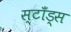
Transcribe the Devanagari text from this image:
स्टाँड्स